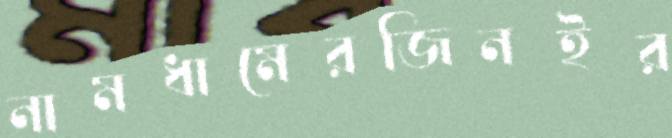
নামধামেরজিনইর